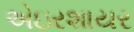
એઇરશાયર